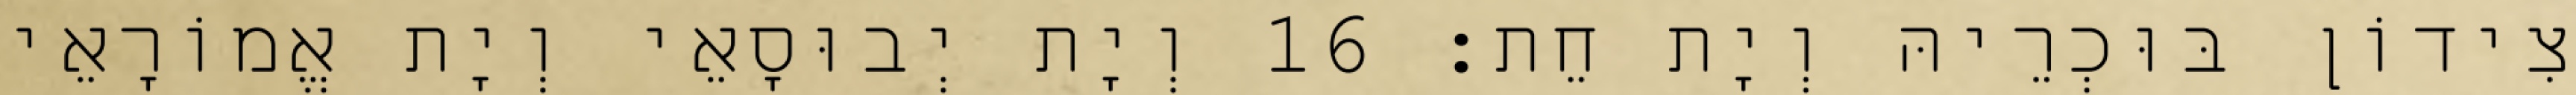
צִידוֹן בּוּכְרֵיהּ וְיָת חֵת׃ 16 וְיָת יְבוּסָאֵי וְיָת אֱמוֹרָאֵי